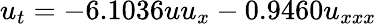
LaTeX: u_{t}=-6.1036uu_{x}-0.9460u_{xxx}